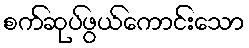
စက်ဆုပ်ဖွယ်ကောင်းသော